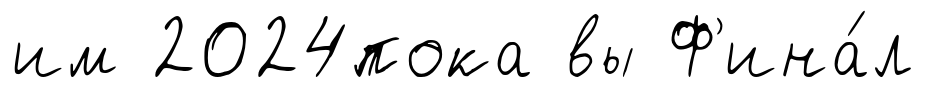
им 2024пока вы Ф'ина́л